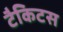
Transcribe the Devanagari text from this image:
टैकिटस